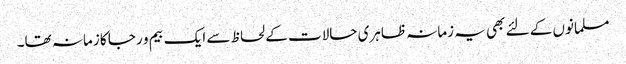
مسلمانوں کے لئے بھی یہ زمانہ ظاہری حالات کے لحاظ سے ایک بیم و رجا کا زمانہ تھا۔